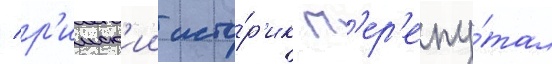
/ р'имск'ии исто́р'ик п'ер'епу́тал